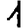
Digit: 1